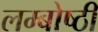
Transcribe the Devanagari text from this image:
लम्बोष्ठी